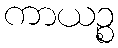
ကာယဉ္စ